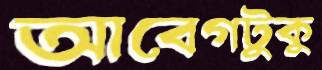
আবেগটুকু